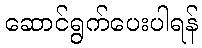
ဆောင်ရွက်ပေးပါရန်